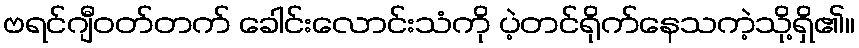
ဗရင်ဂျီဝတ်တက် ခေါင်းလောင်းသံကို ပဲ့တင်ရိုက်နေသကဲ့သို့ရှိ၏။